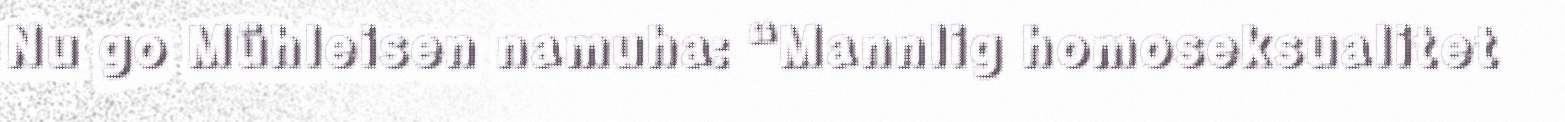
Nu go Mühleisen namuha: “Mannlig homoseksualitet